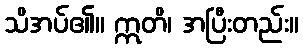
သိအပ်၏။ ဣတိ၊ အပြီးတည်း။